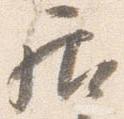
居